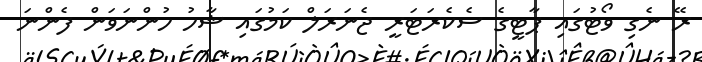
ރޭ ނެގި ވޯޓުގައި ޕާޓީގެ ސެކެރަޓަރީ ޖެނަރަލް ކަމުގައި ޝާހު ހުންނަވަން ފެންނަ